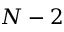
N - 2